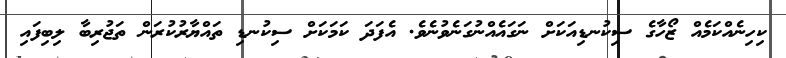
ކިހިނެއްކަމެއް ޒޯހާގެ ސިކުނޑިއަކަށް ނަގައެއްނުގަނެވުނެވެ. އެފަދަ ކަމަކަށް ސިކުނޑި ތައްޔާރުކުރަން ތަޖުރިބާ ލިބިފައި